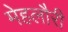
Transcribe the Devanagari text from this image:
मेहलौरी